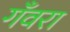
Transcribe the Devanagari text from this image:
गँवरा